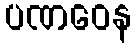
ပဏဝေန